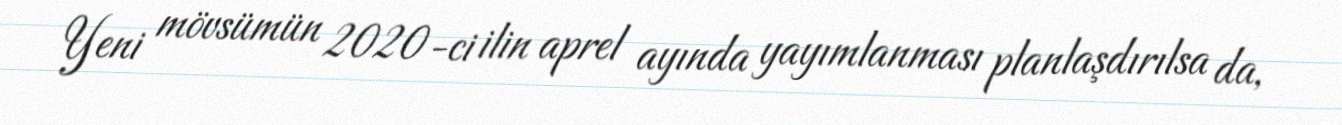
Yeni mövsümün 2020-ci ilin aprel ayında yayımlanması planlaşdırılsa da,